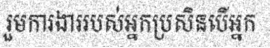
រួមការងាររបស់អ្នកប្រសិនបើអ្នក